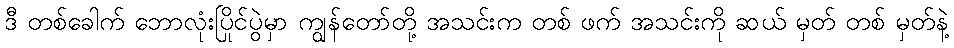
ဒီ တစ်ခေါက် ဘောလုံးပြိုင်ပွဲမှာ ကျွန်တော်တို့ အသင်းက တစ် ဖက် အသင်းကို ဆယ် မှတ် တစ် မှတ်နဲ့